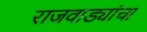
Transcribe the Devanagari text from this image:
राजवाड्यांचा